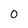
Character: O